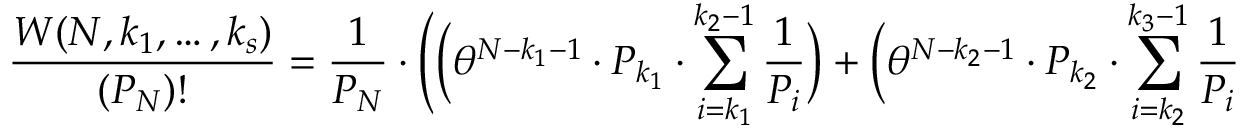
\frac { W ( N , k _ { 1 } , \ldots , k _ { s } ) } { ( P _ { N } ) ! } = \frac { 1 } { P _ { N } } \cdot \Bigg ( \Big ( \theta ^ { N - k _ { 1 } - 1 } \cdot P _ { k _ { 1 } } \cdot \sum _ { i = k _ { 1 } } ^ { k _ { 2 } - 1 } \frac { 1 } { P _ { i } } \Big ) + \Big ( \theta ^ { N - k _ { 2 } - 1 } \cdot P _ { k _ { 2 } } \cdot \sum _ { i = k _ { 2 } } ^ { k _ { 3 } - 1 } \frac { 1 } { P _ { i } }